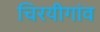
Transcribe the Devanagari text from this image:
चिरयीगांव